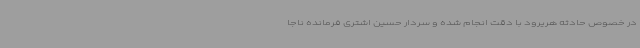
در خصوص حادثه هریرود با دقت انجام شده و سردار حسین اشتری فرمانده ناجا